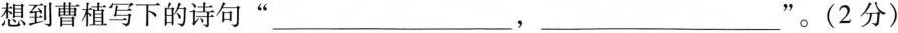
想到曹植写下的诗句”___，___”。(2分)